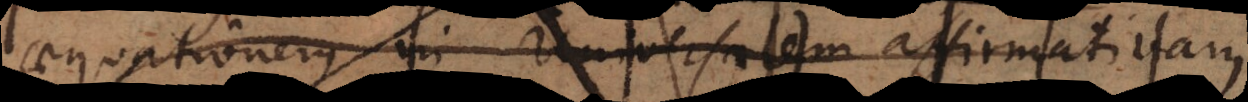
equationem in Universalem affirmativam